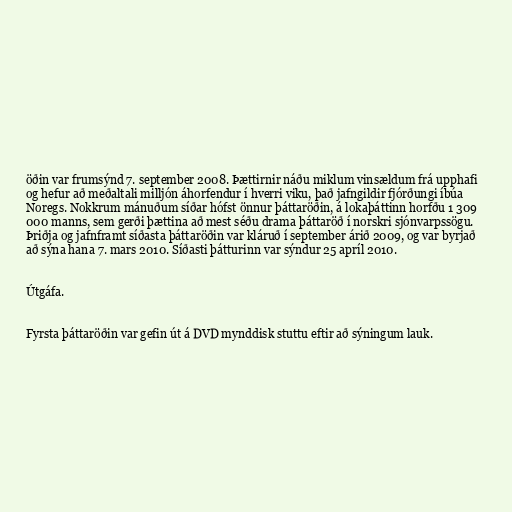
öðin var frumsýnd 7. september 2008. Þættirnir náðu miklum vinsældum frá upphafi
og hefur að meðaltali milljón áhorfendur í hverri viku, það jafngildir fjórðungi íbúa
Noregs. Nokkrum mánuðum síðar hófst önnur þáttaröðin, á lokaþáttinn horfðu 1 309
000 manns, sem gerði þættina að mest séðu drama þáttaröð í norskri sjónvarpssögu.
Þriðja og jafnframt síðasta þáttaröðin var kláruð í september árið 2009, og var byrjað
að sýna hana 7. mars 2010. Síðasti þátturinn var sýndur 25 apríl 2010.

Útgáfa.

Fyrsta þáttaröðin var gefin út á DVD mynddisk stuttu eftir að sýningum lauk.